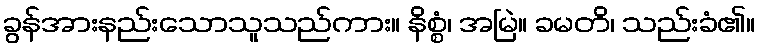
ခွန်အားနည်းသောသူသည်ကား။ နိစ္စံ၊ အမြဲ။ ခမတိ၊ သည်းခံ၏။